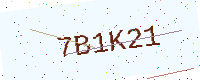
Text: 7B1K21